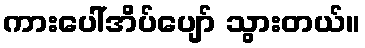
ကားပေါ်အိပ်ပျော် သွားတယ်။